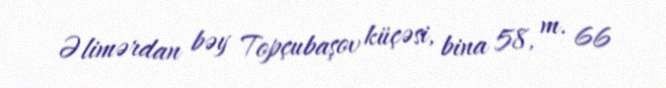
Əlimərdan bəy Topçubaşov küçəsi, bina 58, m. 66